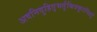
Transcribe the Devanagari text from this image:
अवनिदुहितृभर्तुश्चित्रकूटविहर्तु